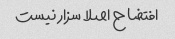
افتضاح اصلا سزار نیست